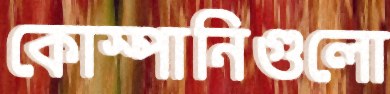
কোস্পানিগুলো